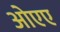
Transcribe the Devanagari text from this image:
ओएए